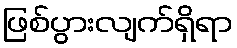
ဖြစ်ပွားလျက်ရှိရာ